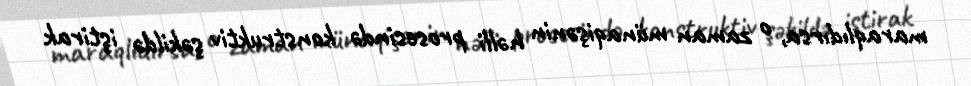
maraqlıdırsa, o zaman münaqişənin həlli prosesində konstruktiv şəkildə iştirak